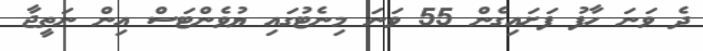
ދެ ވަނަ ހާފު ފަށައިގެން 55 ވަނަ މިނެޓުގައި ޔުވެންޓަސް އިން ނަތީޖާ